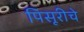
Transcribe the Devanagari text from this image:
पिसूरीचे